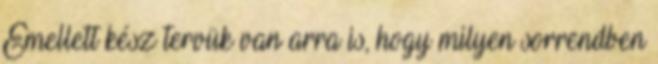
Emellett kész tervük van arra is, hogy milyen sorrendben